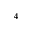
_ 4